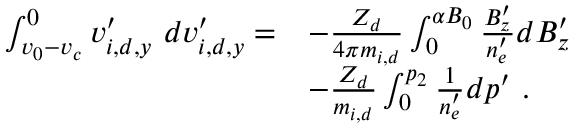
\begin{array} { r l } { \int _ { v _ { 0 } - v _ { c } } ^ { 0 } v _ { i , d , y } ^ { \prime } \ d v _ { i , d , y } ^ { \prime } = } & { - \frac { Z _ { d } } { 4 \pi m _ { i , d } } \int _ { 0 } ^ { \alpha B _ { 0 } } \frac { B _ { z } ^ { \prime } } { n _ { e } ^ { \prime } } d B _ { z } ^ { \prime } } \\ & { - \frac { Z _ { d } } { m _ { i , d } } \int _ { 0 } ^ { p _ { 2 } } \frac { 1 } { n _ { e } ^ { \prime } } d p ^ { \prime } \ . } \end{array}